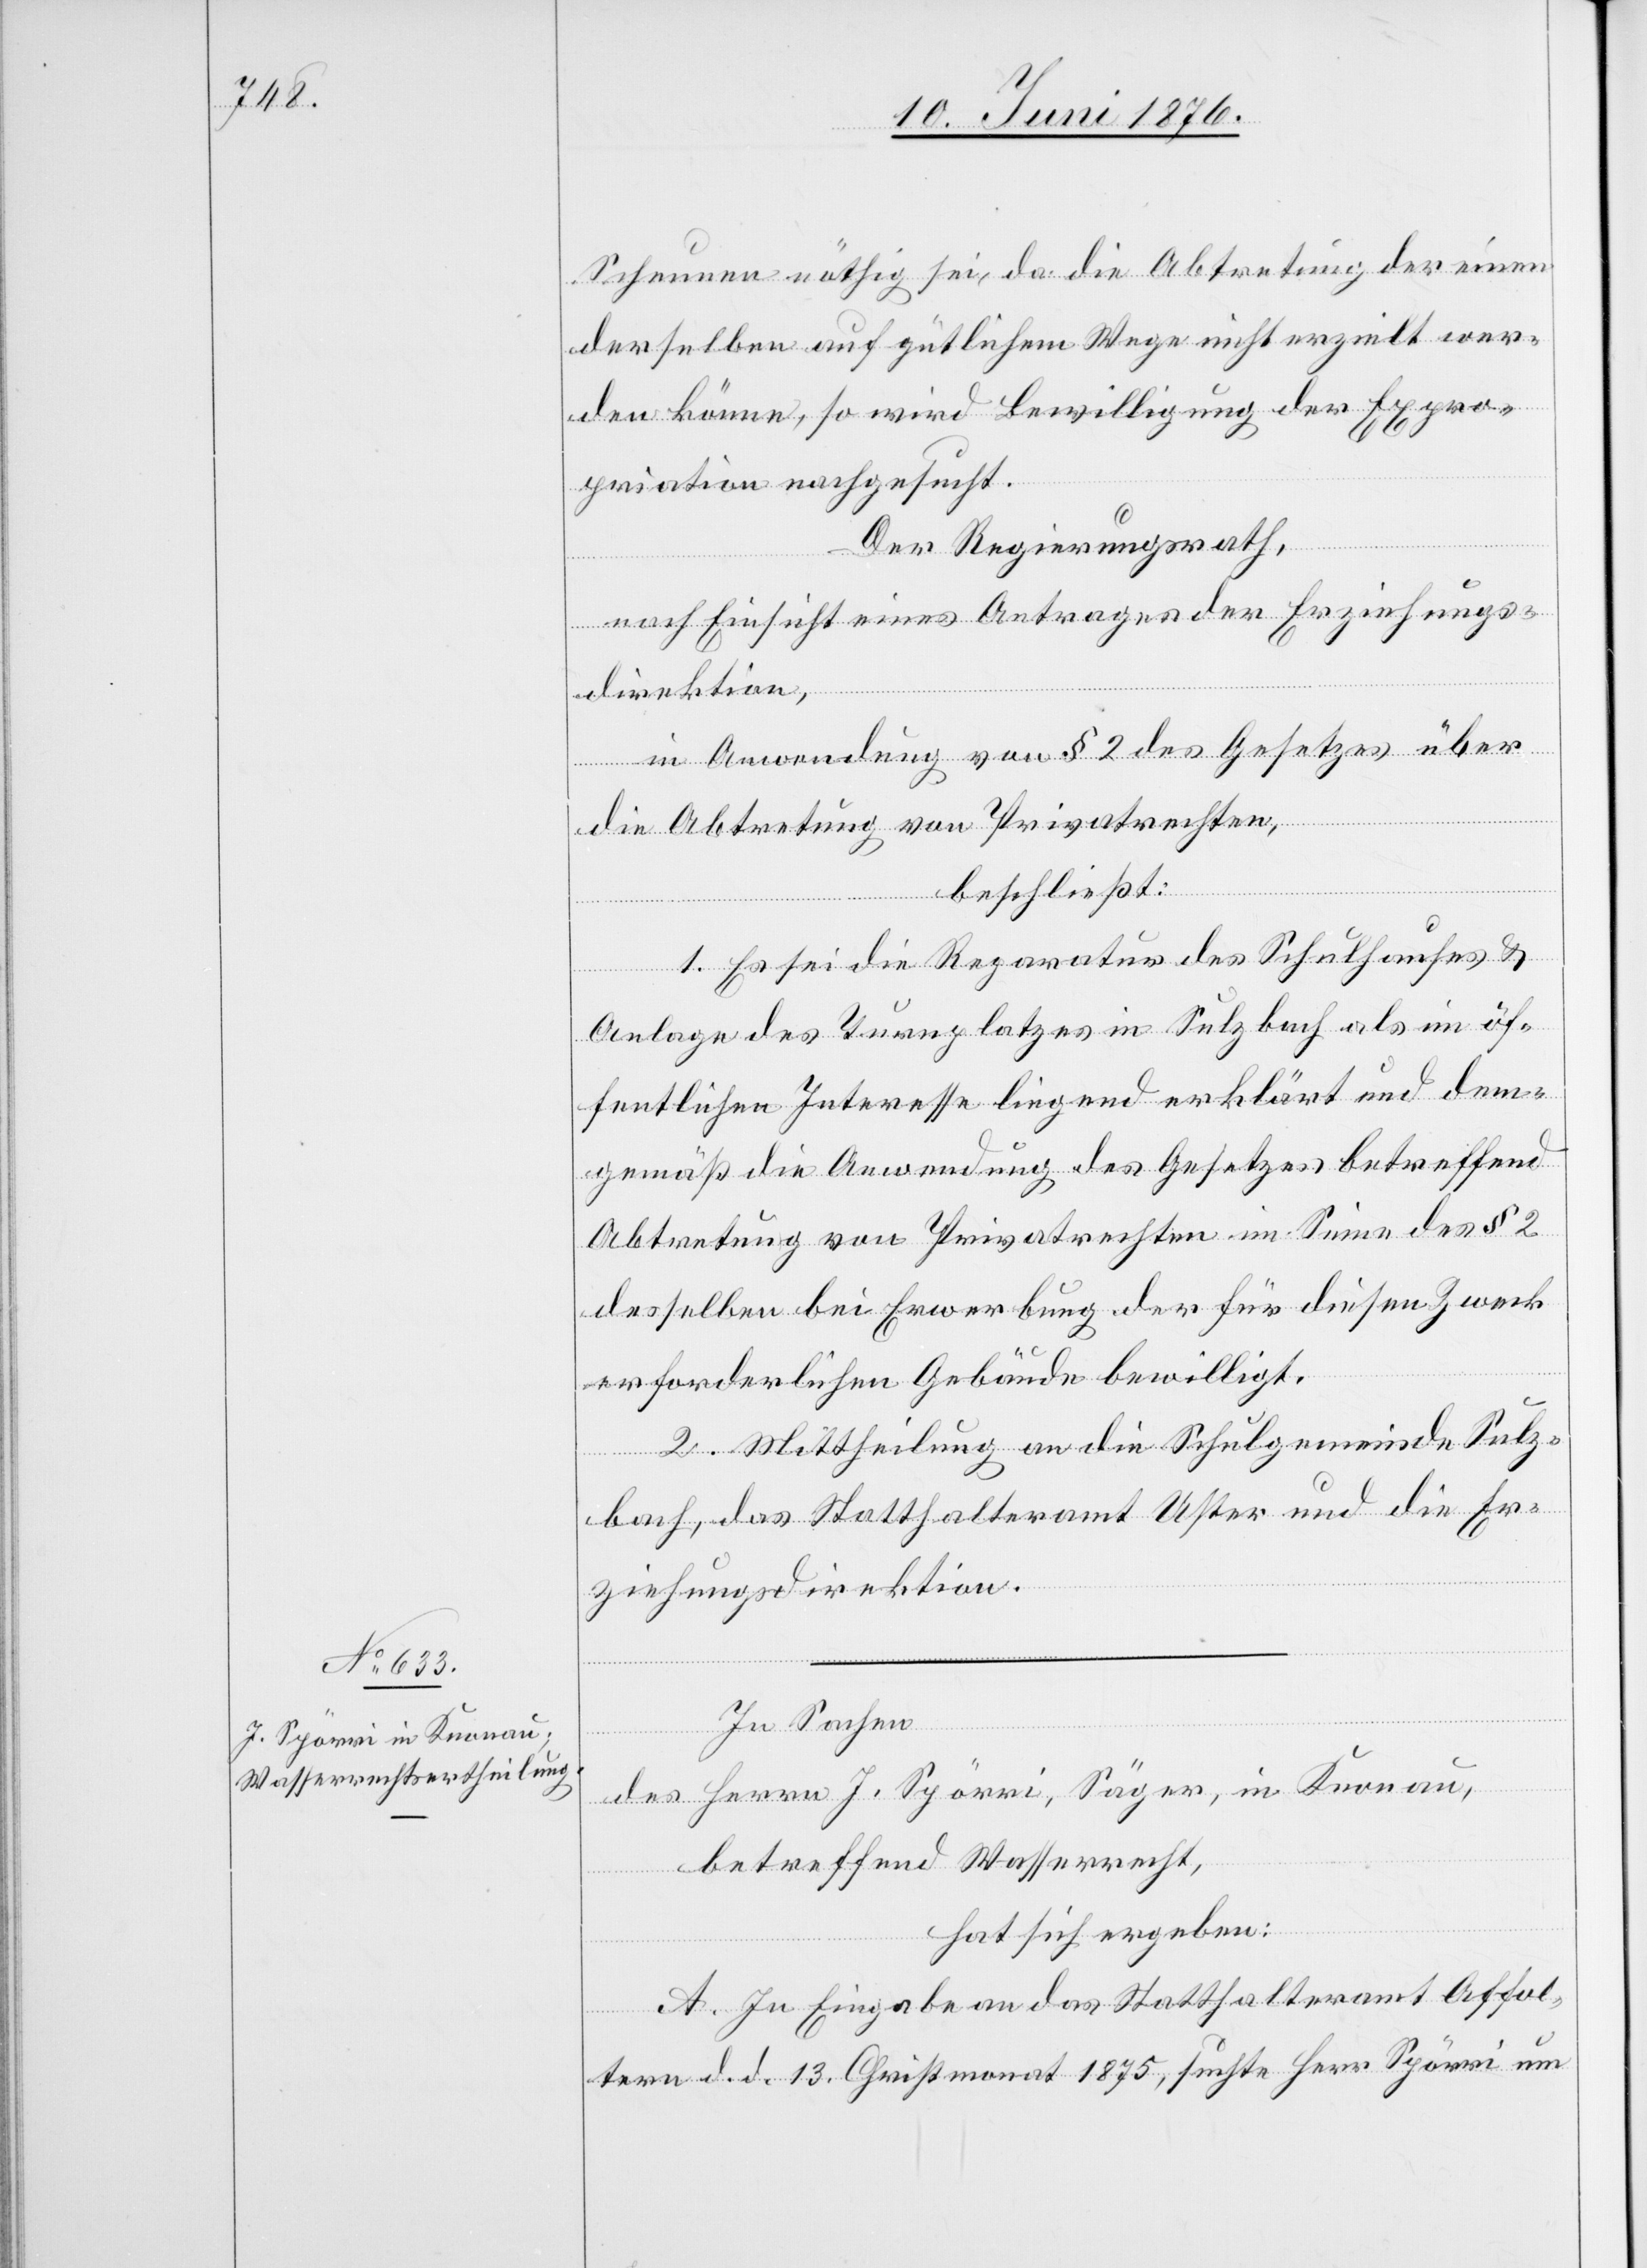
Scheunen nöthig sei, da die Abtretung der einen
derselben auf gütlichem Wege nicht erzielt wer¬
den könne, so wird [um] Bewilligung der Expro¬
priation nachgesucht.
Der Regierungsrath,
nach Einsicht eines Antrages der Erziehungs¬
direktion,
in Anwendung von § 2 des Gesetzes über
die Abtretung von Privatrechten,
beschließt:
1. Es sei die Reparatur des Schulhauses &
Anlage des Turnplatzes in Sulzbach als im öf¬
fentlichen Interesse liegend erklärt und dem¬
gemäß die Anwendung des Gesetzes betreffend
Abtretung von Privatrechten im Sinne des § 2
desselben bei Erwerbung der für diesen Zweck
erforderlichen Gebäude bewilligt.
2. Mittheilung an die Schulgemeinde Sulz¬
bach, das Statthalteramt Uster und die Er¬
ziehungsdirektion.
In Sachen
des Herrn J. Spörri, Säger, in Knonau,
betreffend Wasserrecht,
hat sich ergeben:
A. In Eingabe an das Statthalteramt Affol¬
tern d. d. 13. Christmonat 1875, suchte Herr Spörri um